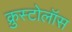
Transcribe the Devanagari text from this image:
क्रुस्टोलॉस